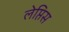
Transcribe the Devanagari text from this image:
लेप्तिस